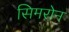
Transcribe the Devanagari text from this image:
सिमरोन